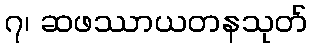
၇၊ ဆဖဿာယတနသုတ်